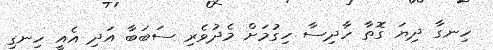
ހިނގާ ދިޔަ ގޮތާ ހާދިސާ ހިގުމަށް މެދުވެރި ސަބަބާ އަދި އެއީ ހިނގި